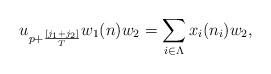
LaTeX: \begin{align*}u_{p+\frac{[j_1+j_2]}{T}}w_1(n)w_2=\sum_{i\in \Lambda}x_i(n_i)w_2,\end{align*}